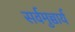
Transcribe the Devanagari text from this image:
सर्वमुच्चार्य